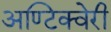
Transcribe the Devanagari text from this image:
अण्टिक्वेरी